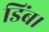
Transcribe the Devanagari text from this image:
डिंब।